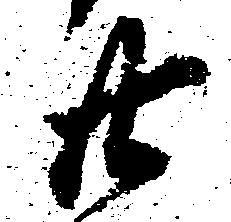
廿